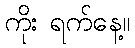
ကိုး ရက်နေ့။